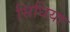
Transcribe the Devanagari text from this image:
सिधिया